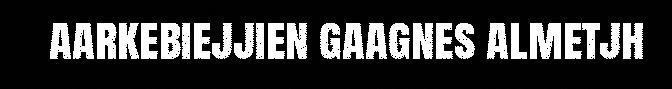
aarkebiejjien gaagnes almetjh